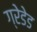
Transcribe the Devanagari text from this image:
ग्रेडेड